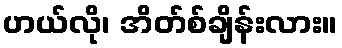
ဟယ်လို၊ အိတ်စ်ချိန်းလား။